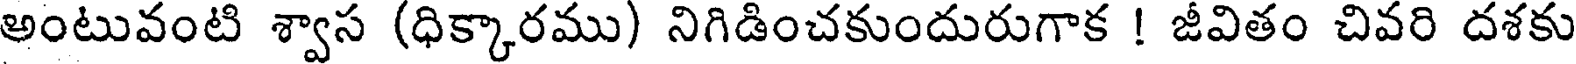
అంటువంటి శ్వాస (ధిక్కారము) నిగిడించకుందురుగాక ! జీవితం చివరి దశకు